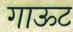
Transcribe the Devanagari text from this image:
गाऊट